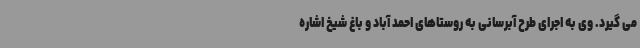
می گیرد. وی به اجرای طرح آبرسانی به روستاهای احمد آباد و باغ شیخ اشاره